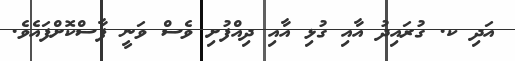
އަދި ކ. ގުރައިދު އާއި ގުޅި އާއި ދިއްފުށި ވެސް ވަނީ ފާސްކޮށްފައެވެ.